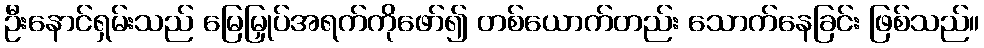
ဦးနောင်ရှမ်းသည် မြေမြှုပ်အရက်ကိုဖော်၍ တစ်ယောက်တည်း သောက်နေခြင်း ဖြစ်သည်။